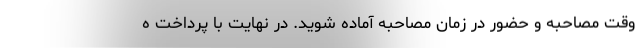
وقت مصاحبه و حضور در زمان مصاحبه آماده شوید. در نهایت با پرداخت ه